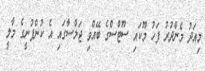
މިއަދު މެންދުރު ފަހު މޫކައި ސޫޓްސްގެ ބޭއްވި ޖަލްސާގައި އެ ކުންފުނީގެ މާލީ